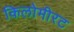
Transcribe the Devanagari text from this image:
किलोमीरट